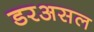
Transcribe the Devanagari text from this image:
डरअसल